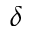
\delta